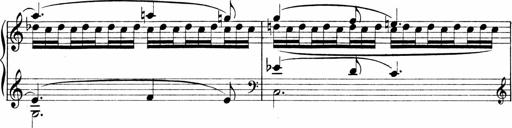
Title: Sonatina No.1
Composer: Otto Stoll
Key: C major